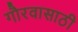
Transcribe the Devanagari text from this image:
गौरवासाठी